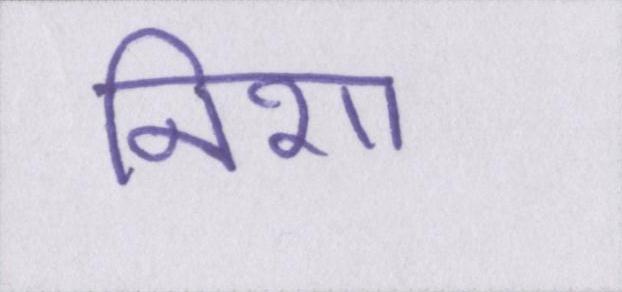
निशा